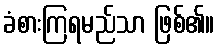
ခံစားကြရမည်သာ ဖြစ်၏။